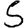
Digit: 5